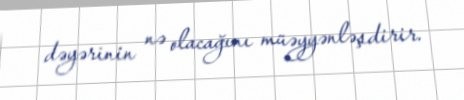
dəyərinin nə olacağını müəyyənləşdirir.